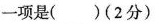
一项是( )(2分)